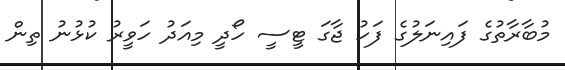
މުބާރާތުގެ ފައިނަލުގެ ފަހު ޖާގަ ޓީސީ ހޯދީ މިއަދު ހަވީރު ކުޅުނު ތިން